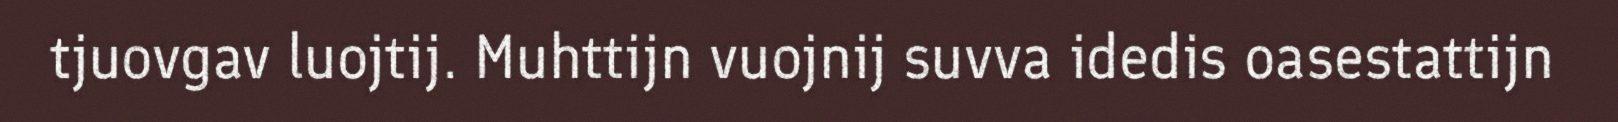
tjuovgav luojtij. Muhttijn vuojnij suvva idedis oasestattijn